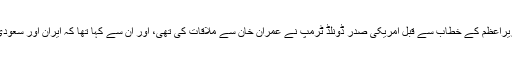
یاد رہے کہ نیو یارک میں یو این جنرل اسمبلی کے دوران وزیراعظم کے خطاب سے قبل امریکی صدر ڈونلڈ ٹرمپ نے عمران خان سے ملاقات کی تھی، اور ان سے کہا تھا کہ ایران اور سعودی عرب کی کشیدگی کو کم کرنے اور معاملات کو سلجھائیں۔